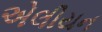
એલીયન